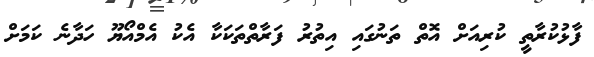
ފާޅުކުރާތީ ކުރިއަށް އޮތް ތަނުގައި އިތުރު ފަރާތްތަކަކާ އެކު އެމްއޯޔޫ ހަދާނެ ކަމަށް